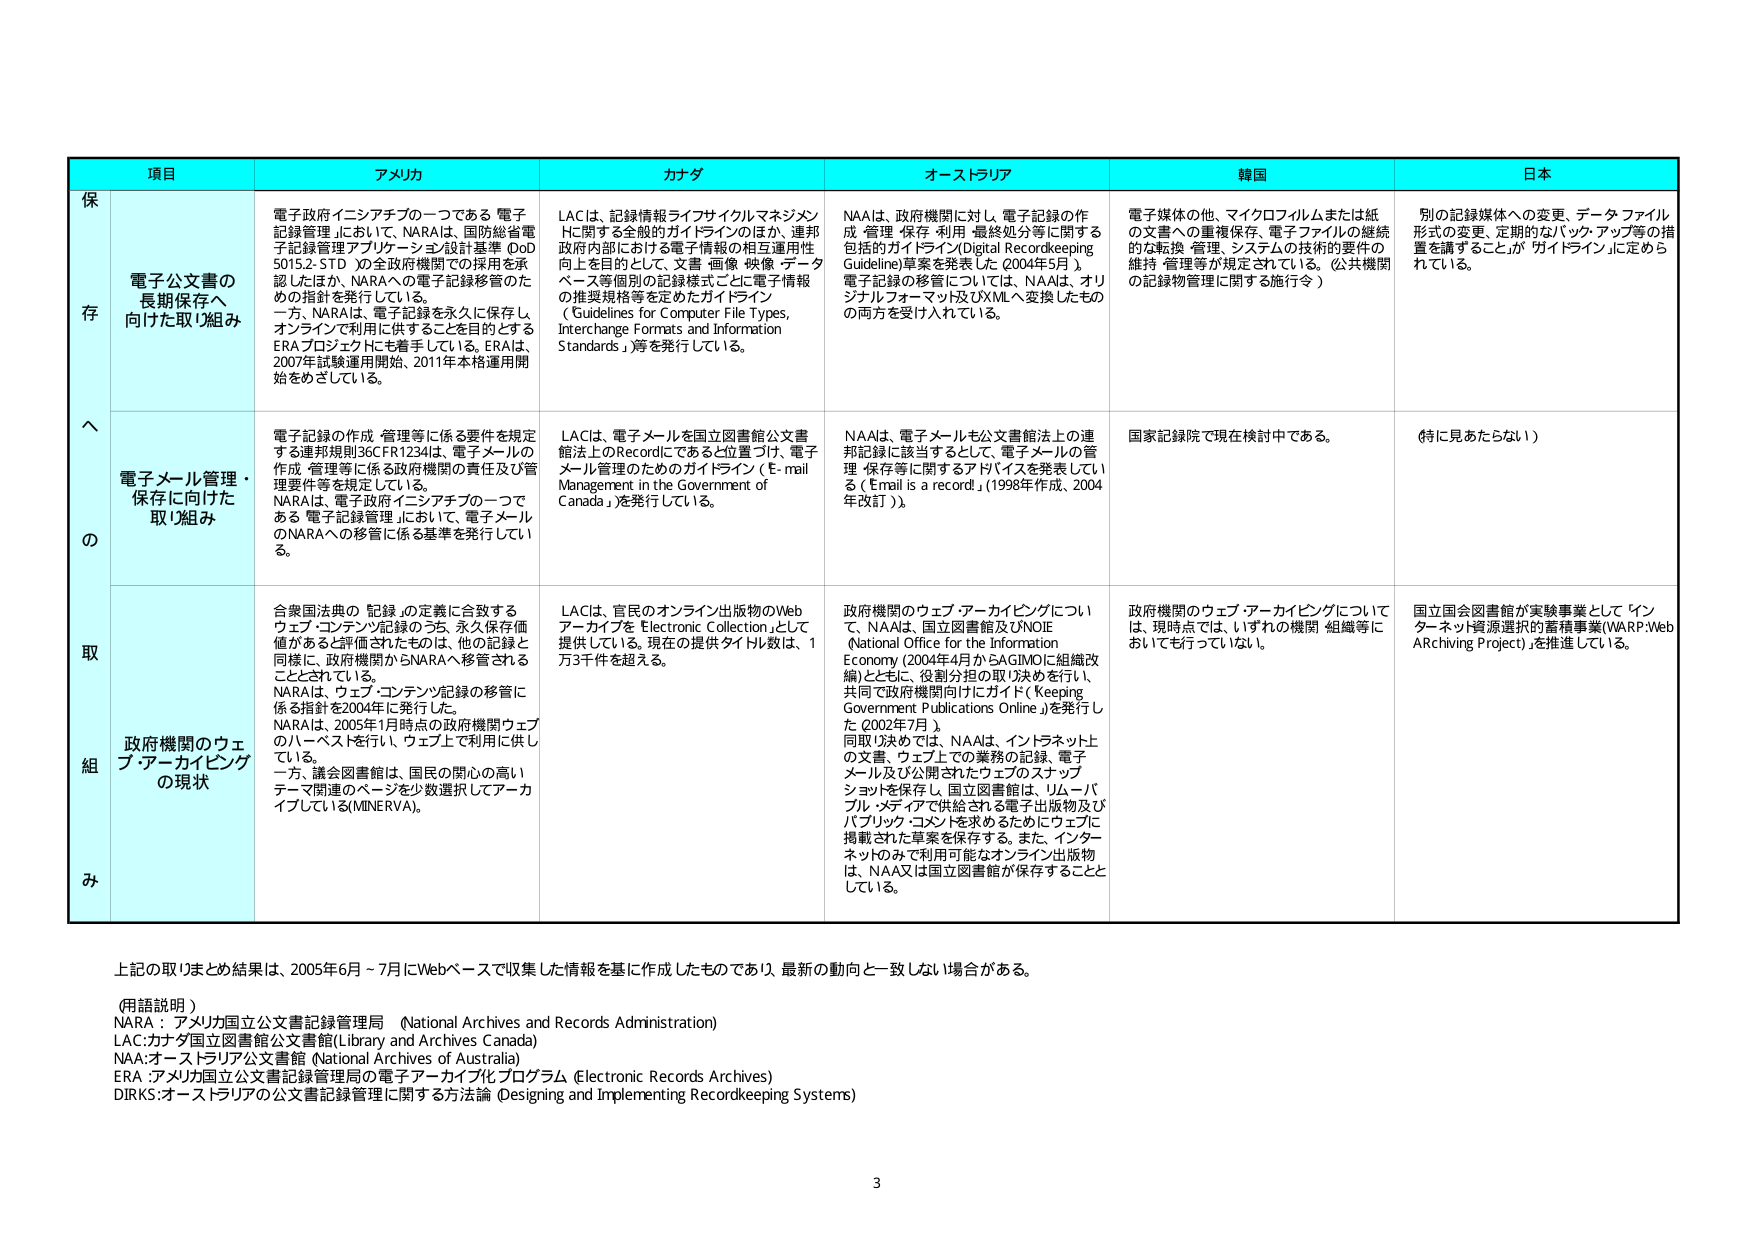
項目 アメリカ カナダ オーストラリア 韓国 日本
保 存 電子公文書の長期保存へ向けた取り組み 電子政府イニシアチブの一つである「電子記録管理」において、NARAは、国務総省電子記録管理アプリケーション設計基準（eOD 5015.2-STD）の全政府機関での採用を承認したほか、NARAへの電子記録移管のための指針を発行している。一方、NARAは、電子記録を永久に保存し、オンラインで利用に供することを目的とするERAプロジェクトにも着手している。ERAは、2007年試験運用開始、2011年本格運用開始をめざしている。 LACは、記録情報ライフサイクルマネジメントに関する全般的ガイドラインのほか、連邦政府内部における電子情報の相互運用性向上を目的として、文書・画像・映像・データベース等個別の記録様式ごとに電子情報の推奨規格等を定めたガイドライン（Guidelines for Computer File Types, Interchange Formats and Information Standards）等を発行している。 NAAは、政府機関に対し、電子記録の作成・管理・保存・利用・最終処分等に関する包括的ガイドライン（Digital Recordkeeping Guideline）草案を発表した（2004年5月）。電子記録の移管については、NAAは、オリジナルフォーマット及びXMLへ変換したもの両方を受け入れている。 電子媒体の他、マイクロフィルムまたは紙の文書への重複保存、電子ファイルの継続的な転換・管理、システムの技術的要件の維持・管理等が規定されている。（公共機関の記録物管理に関する施行令） 別の記録媒体への変更、データファイル形式の変更、定期的なバックアップ等の措置を講ずることが「ガイドライン」に定められている。
へ の 取 組 み 電子メール管理・保存に向けた取り組み 電子記録の作成・管理等に係る要件を規定する連邦規則36CFR1234は、電子メールの作成・管理等に係る政府機関の責任及び管理要件等を規定している。NARAは、電子政府イニシアチブの一つである「電子記録管理」において、電子メールのNARAへの移管に係る基準を発行している。 LACは、電子メールを国立図書館公文書館法上のRecordであると位置づけ、電子メール管理のためのガイドライン（E-mail Management in the Government of Canada）を発行している。 NAAは、電子メールも公文書館法上の連邦記録に該当するとして、電子メールの管理・保存等に関するアドバイスを発表している（「Email is a record」（1998年作成、2004年改訂））。 国家記録院で現在検討中である。 （特に見あたらない）
政府機関のウェブ・アーカイビングの現状 合衆国法典の「記録」の定義に合致するウェブ・コンテンツ記録のうち、永久保存価値があると評価されたものは、他の記録と同様に、政府機関からNARAへ移管されることとされている。NARAは、ウェブ・コンテンツ記録の移管に係る指針を2004年に発行した。NARAは、2005年1月時点の政府機関ウェブのハーベストを行い、ウェブ上で利用に供している。一方、議会図書館は、国民の関心の高いテーマ関連のページを少数選択してアーカイブしている（MINErVA）。 LACは、官民のオンライン出版物のWebアーカイブを「Electronic Collection」として提供している。現在の提供タイトル数は、1万3千件を超えている。 政府機関のウェブ・アーカイビングについて、NAAは、国立図書館及びNOIE（National Office for the Information Economy（2004年4月からAGIMOに組織改編））とともに、役割分担の取り決めを行い、共同で政府機関向けにガイド（Keeping Government Publications Online）を発行した（2002年7月）。同取り決めでは、NAAは、インターネット上の文書、ウェブ上の業務の記録、電子メール及び公開されたウェブのスナップショットを保存し、国立図書館は、リムーバブル・メディアで供給される電子出版物及びパブリック・コメントを求めるためにウェブに掲載された草案を保存する。また、インターネットのみで利用可能なオンライン出版物は、NAA又は国立図書館が保存することとしている。 政府機関のウェブ・アーカイビングについては、現時点では、いずれの機関・組織等においても行っていない。 国立国会図書館が実験事業として「インターネット資源選択的蓄積事業（WARP: Web ARchiving Project）」を推進している。

上記の取りまとめ結果は、2005年6月～7月にWebベースで収集した情報を基に作成したものであり、最新の動向と一致しない場合がある。
（用語説明）
NARA：アメリカ国立公文書記録管理局（National Archives and Records Administration）
LAC：カナダ国立図書館公文書館（Library and Archives Canada）
NAA：オーストラリア公文書館（National Archives of Australia）
ERA：アメリカ国立公文書記録管理局の電子アーカイブ化プログラム（Electronic Records Archives）
DIRKS：オーストラリアの公文書記録管理に関する方法論（Designing and Implementing Recordkeeping Systems）
3